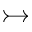
\rightarrowtail